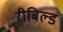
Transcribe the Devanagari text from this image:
रीबिल्ड